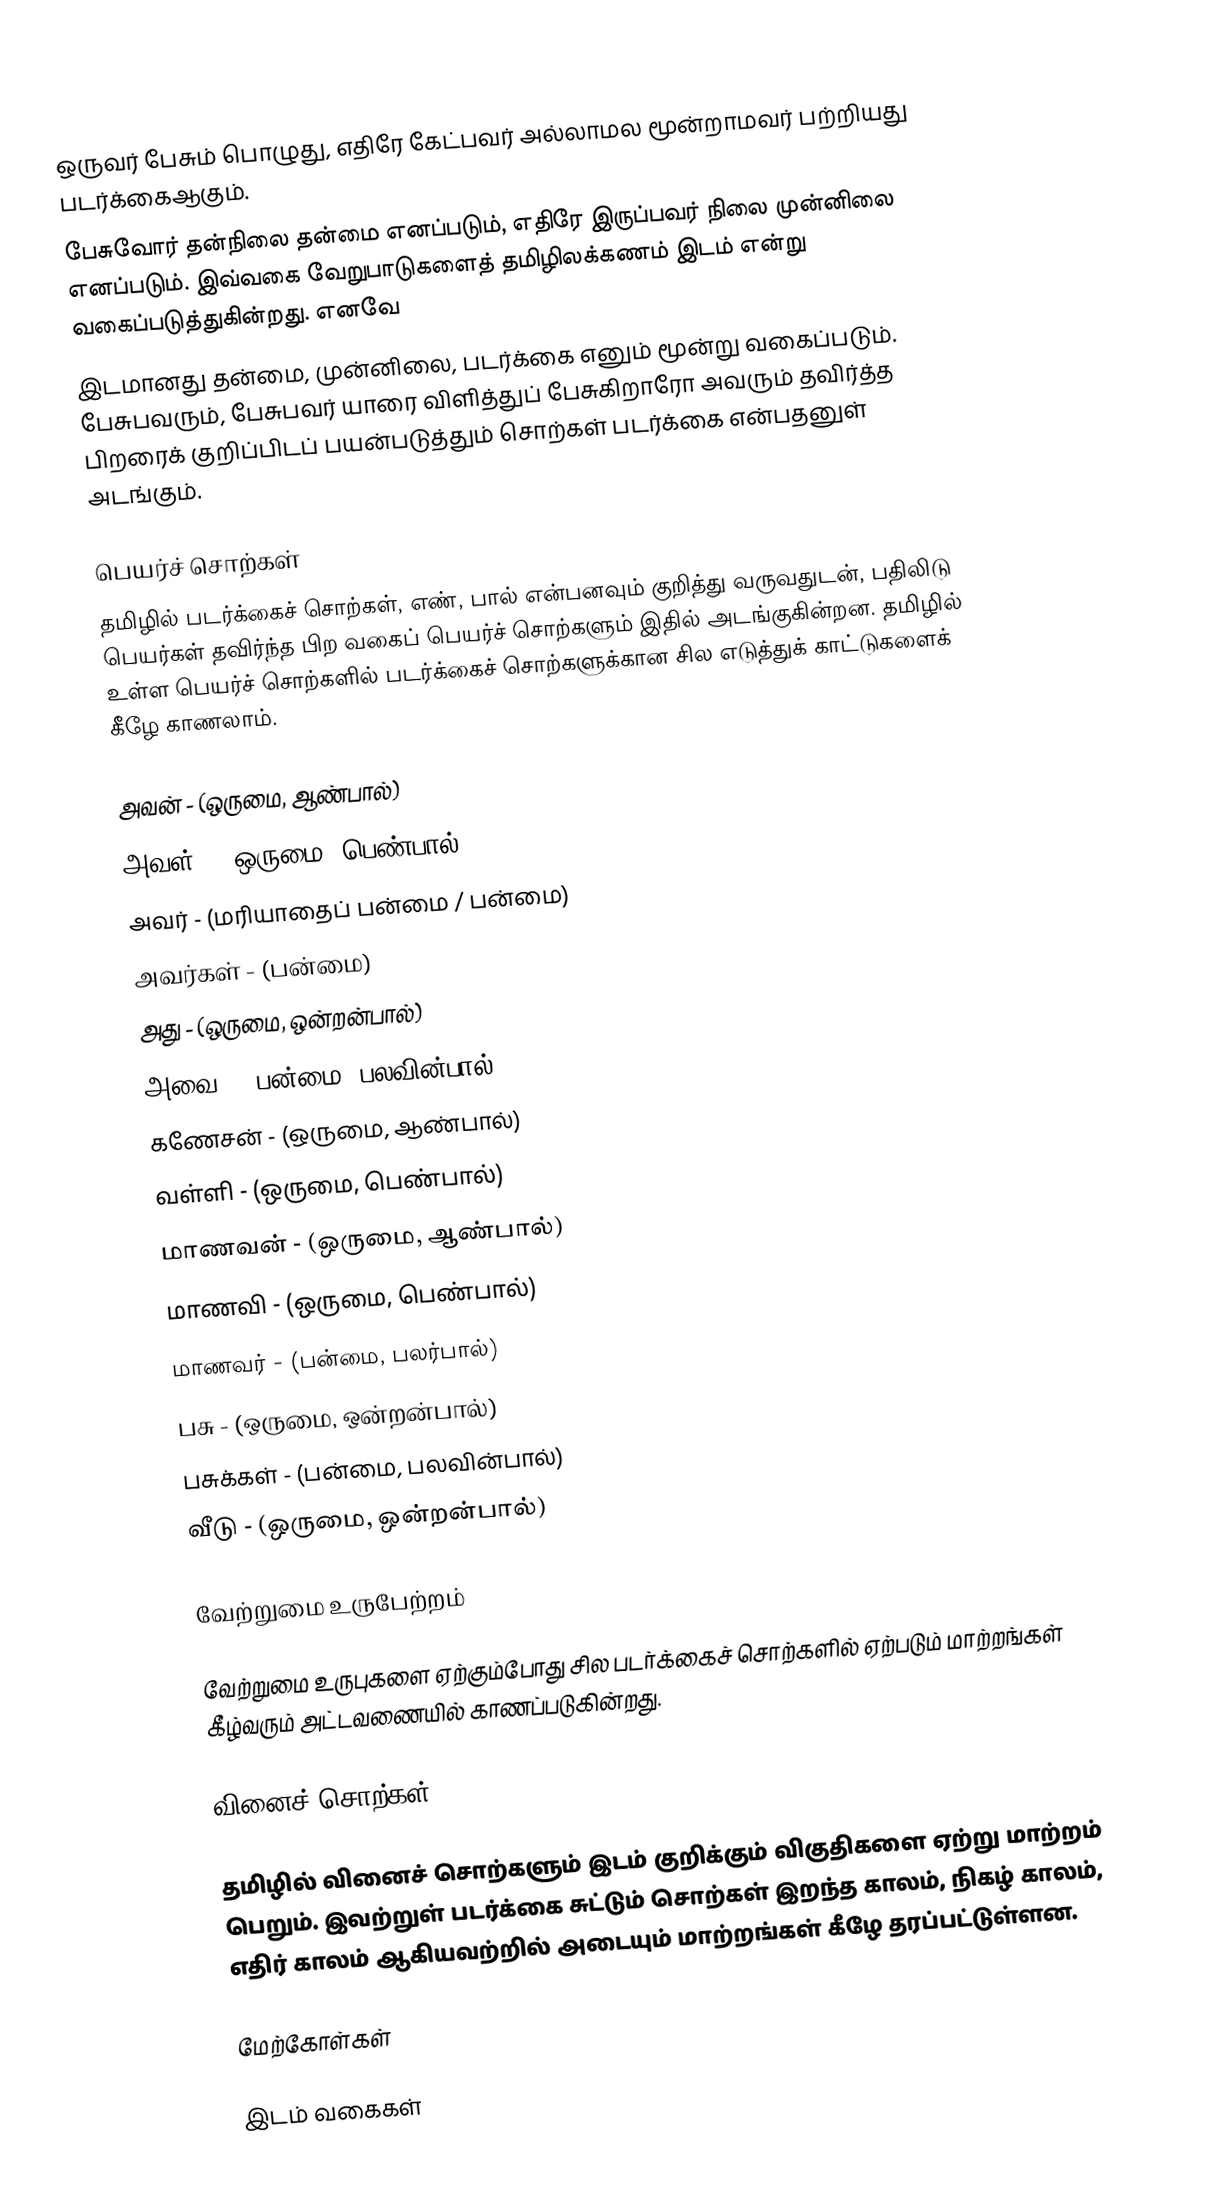
ஒருவர் பேசும் பொழுது, எதிரே கேட்பவர் அல்லாமல மூன்றாமவர் பற்றியது படர்க்கைஆகும்.
பேசுவோர் தன்நிலை தன்மை எனப்படும், எதிரே இருப்பவர் நிலை முன்னிலை எனப்படும். இவ்வகை வேறுபாடுகளைத் தமிழிலக்கணம்  இடம் என்று வகைப்படுத்துகின்றது. எனவே
இடமானது தன்மை, முன்னிலை, படர்க்கை எனும் மூன்று வகைப்படும். பேசுபவரும், பேசுபவர் யாரை விளித்துப் பேசுகிறாரோ அவரும் தவிர்த்த பிறரைக் குறிப்பிடப் பயன்படுத்தும் சொற்கள் படர்க்கை என்பதனுள் அடங்கும்.

பெயர்ச் சொற்கள்
தமிழில் படர்க்கைச் சொற்கள், எண், பால் என்பனவும் குறித்து வருவதுடன், பதிலிடு பெயர்கள் தவிர்ந்த பிற வகைப் பெயர்ச் சொற்களும் இதில் அடங்குகின்றன. தமிழில் உள்ள பெயர்ச் சொற்களில் படர்க்கைச் சொற்களுக்கான சில எடுத்துக் காட்டுகளைக் கீழே காணலாம்.

 அவன் - (ஒருமை, ஆண்பால்)
 அவள் - (ஒருமை, பெண்பால்)
 அவர் - (மரியாதைப்  பன்மை / பன்மை)
 அவர்கள் - (பன்மை)
 அது - (ஒருமை, ஒன்றன்பால்)
 அவை - (பன்மை, பலவின்பால்)
 கணேசன் - (ஒருமை, ஆண்பால்)
 வள்ளி - (ஒருமை, பெண்பால்)
 மாணவன் - (ஒருமை, ஆண்பால்)
 மாணவி - (ஒருமை, பெண்பால்)
 மாணவர் - (பன்மை, பலர்பால்)
 பசு - (ஒருமை, ஒன்றன்பால்)
 பசுக்கள் - (பன்மை, பலவின்பால்)
 வீடு - (ஒருமை, ஒன்றன்பால்)

வேற்றுமை உருபேற்றம்

வேற்றுமை உருபுகளை ஏற்கும்போது சில படர்க்கைச் சொற்களில் ஏற்படும் மாற்றங்கள் கீழ்வரும் அட்டவணையில் காணப்படுகின்றது.

வினைச் சொற்கள்

தமிழில் வினைச் சொற்களும் இடம் குறிக்கும் விகுதிகளை ஏற்று மாற்றம் பெறும். இவற்றுள் படர்க்கை சுட்டும் சொற்கள் இறந்த காலம், நிகழ் காலம், எதிர் காலம் ஆகியவற்றில் அடையும் மாற்றங்கள் கீழே தரப்பட்டுள்ளன.

மேற்கோள்கள்

இடம் வகைகள்